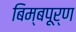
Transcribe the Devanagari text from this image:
बिम्बपूर्ण